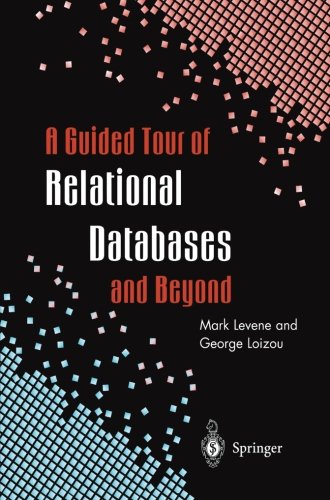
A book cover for A Guided Tour of Relational Databases and Beyond; Mark Levene; Computers & Technology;